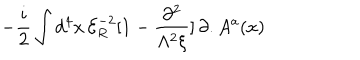
LaTeX: - \frac { i } { 2 } \int d ^ { 4 } x \, { \mathcal { E } } _ { R } ^ { - 2 } [ 1 - \frac { \partial ^ { 2 } } { \Lambda ^ { 2 } \xi } ] \, \partial . A ^ { a } ( x )